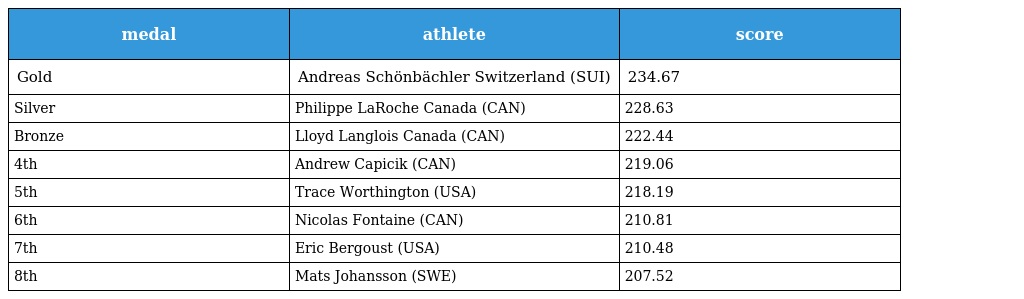
| medal | athlete | score |
 | --- | --- | --- |
 | Gold | Andreas Schönbächler Switzerland (SUI) | 234.67 |
 | Silver | Philippe LaRoche Canada (CAN) | 228.63 |
 | Bronze | Lloyd Langlois Canada (CAN) | 222.44 |
 | 4th | Andrew Capicik (CAN) | 219.06 |
 | 5th | Trace Worthington (USA) | 218.19 |
 | 6th | Nicolas Fontaine (CAN) | 210.81 |
 | 7th | Eric Bergoust (USA) | 210.48 |
 | 8th | Mats Johansson (SWE) | 207.52 |